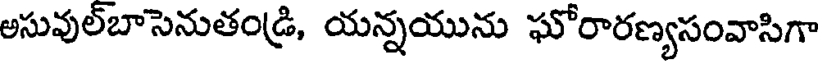
అసువుల్బాసెనుతండ్రి, యన్నయును ఘోరారణ్యసంవాసిగా